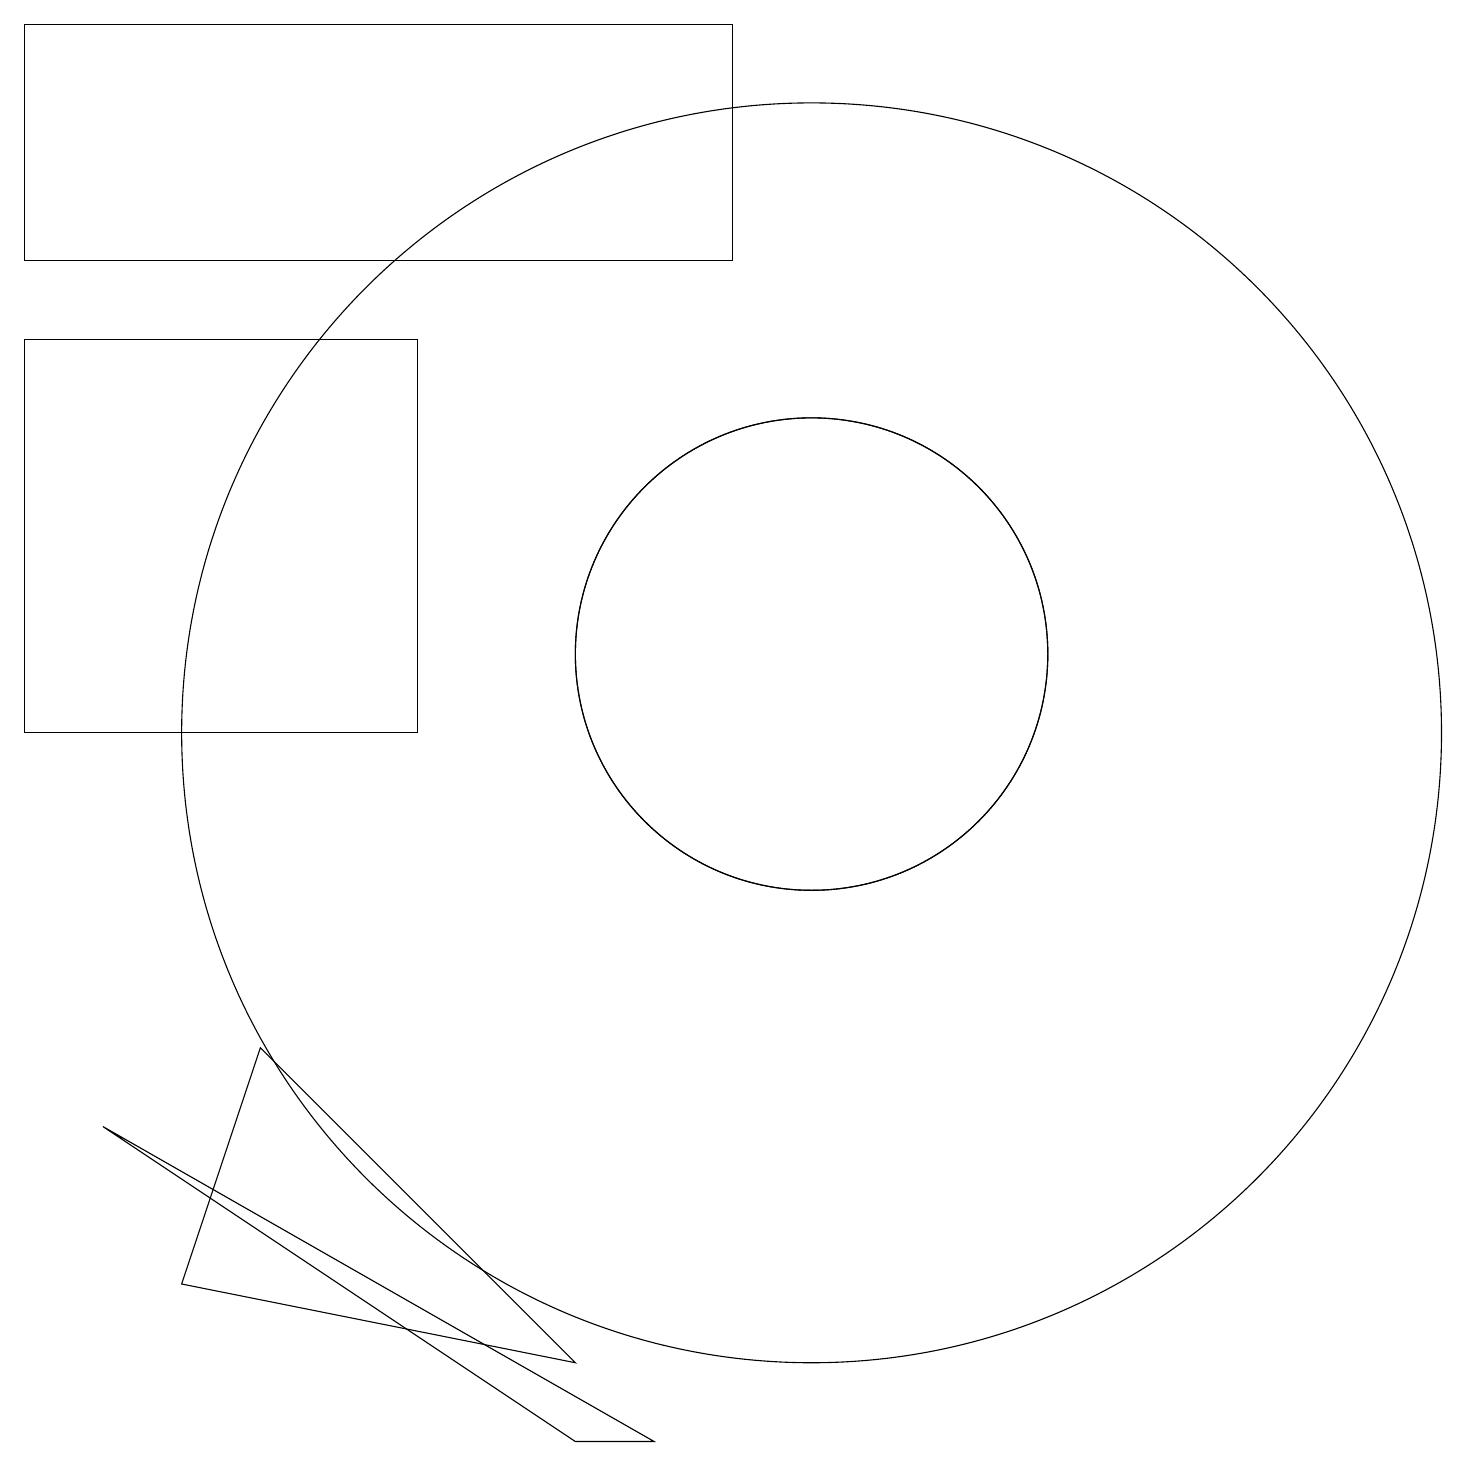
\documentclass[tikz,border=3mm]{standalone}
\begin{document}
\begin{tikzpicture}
\draw (10,11) circle (3);
\draw (10,10) circle (8);
\draw (9,19) rectangle (0,16);
\draw (10,11) circle (3);
\draw (2,3) -- (7,2) -- (3,6) -- cycle;
\draw (7,1) -- (8,1) -- (1,5) -- cycle;
\draw (0,15) rectangle (5,10);
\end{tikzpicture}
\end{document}